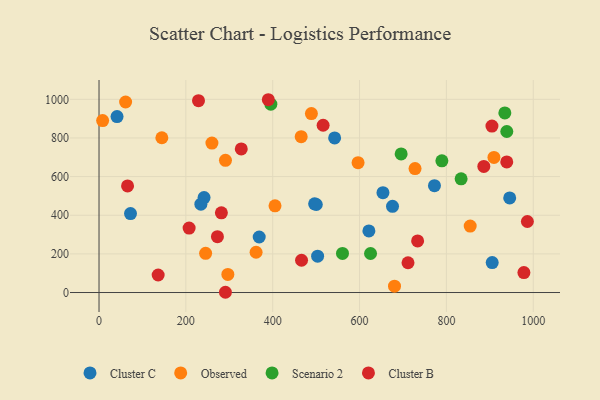
{"axis": {"x": "Study Hours", "y": "Yield"}, "legend": ["Cluster B", "Cluster C", "Observed", "Scenario 2"], "data": [{"x": "496.5", "y": 459.3, "type": "Cluster C"}, {"x": "72.5", "y": 408.4, "type": "Cluster C"}, {"x": "503.4", "y": 188.0, "type": "Cluster C"}, {"x": "653.9", "y": 516.9, "type": "Cluster C"}, {"x": "675.9", "y": 446.3, "type": "Cluster C"}, {"x": "41.5", "y": 910.6, "type": "Cluster C"}, {"x": "241.9", "y": 491.3, "type": "Cluster C"}, {"x": "500.4", "y": 455.6, "type": "Cluster C"}, {"x": "945.8", "y": 489.4, "type": "Cluster C"}, {"x": "772.5", "y": 552.9, "type": "Cluster C"}, {"x": "905.5", "y": 155.2, "type": "Cluster C"}, {"x": "234.6", "y": 457.5, "type": "Cluster C"}, {"x": "542.6", "y": 800.1, "type": "Cluster C"}, {"x": "621.5", "y": 318.6, "type": "Cluster C"}, {"x": "368.9", "y": 287.5, "type": "Cluster C"}, {"x": "144.7", "y": 801.1, "type": "Observed"}, {"x": "465.6", "y": 806.8, "type": "Observed"}, {"x": "489.1", "y": 926.3, "type": "Observed"}, {"x": "680.5", "y": 32.8, "type": "Observed"}, {"x": "361.7", "y": 208.4, "type": "Observed"}, {"x": "291.2", "y": 684.2, "type": "Observed"}, {"x": "596.6", "y": 672.0, "type": "Observed"}, {"x": "405.3", "y": 448.5, "type": "Observed"}, {"x": "727.8", "y": 641.4, "type": "Observed"}, {"x": "260.0", "y": 773.7, "type": "Observed"}, {"x": "854.8", "y": 343.8, "type": "Observed"}, {"x": "245.5", "y": 203.0, "type": "Observed"}, {"x": "61.2", "y": 986.0, "type": "Observed"}, {"x": "296.7", "y": 93.8, "type": "Observed"}, {"x": "8.3", "y": 889.9, "type": "Observed"}, {"x": "909.5", "y": 699.2, "type": "Observed"}, {"x": "695.8", "y": 717.2, "type": "Scenario 2"}, {"x": "939.1", "y": 833.4, "type": "Scenario 2"}, {"x": "560.7", "y": 202.2, "type": "Scenario 2"}, {"x": "934.6", "y": 929.4, "type": "Scenario 2"}, {"x": "395.7", "y": 975.0, "type": "Scenario 2"}, {"x": "789.6", "y": 681.9, "type": "Scenario 2"}, {"x": "833.9", "y": 588.4, "type": "Scenario 2"}, {"x": "625.3", "y": 202.0, "type": "Scenario 2"}, {"x": "939.0", "y": 676.1, "type": "Cluster B"}, {"x": "904.9", "y": 861.6, "type": "Cluster B"}, {"x": "136.2", "y": 90.7, "type": "Cluster B"}, {"x": "986.5", "y": 367.6, "type": "Cluster B"}, {"x": "389.9", "y": 997.9, "type": "Cluster B"}, {"x": "291.1", "y": 1.3, "type": "Cluster B"}, {"x": "281.8", "y": 412.5, "type": "Cluster B"}, {"x": "207.5", "y": 333.7, "type": "Cluster B"}, {"x": "466.4", "y": 167.1, "type": "Cluster B"}, {"x": "65.7", "y": 551.7, "type": "Cluster B"}, {"x": "516.1", "y": 865.9, "type": "Cluster B"}, {"x": "272.7", "y": 289.3, "type": "Cluster B"}, {"x": "229.1", "y": 993.2, "type": "Cluster B"}, {"x": "327.6", "y": 743.4, "type": "Cluster B"}, {"x": "886.2", "y": 652.5, "type": "Cluster B"}, {"x": "711.6", "y": 154.1, "type": "Cluster B"}, {"x": "733.7", "y": 267.3, "type": "Cluster B"}, {"x": "978.5", "y": 103.2, "type": "Cluster B"}]}